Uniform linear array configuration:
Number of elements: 8
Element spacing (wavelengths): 0.25
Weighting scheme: exponential
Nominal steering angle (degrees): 60
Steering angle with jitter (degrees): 61.751
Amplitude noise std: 0.05
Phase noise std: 0.05

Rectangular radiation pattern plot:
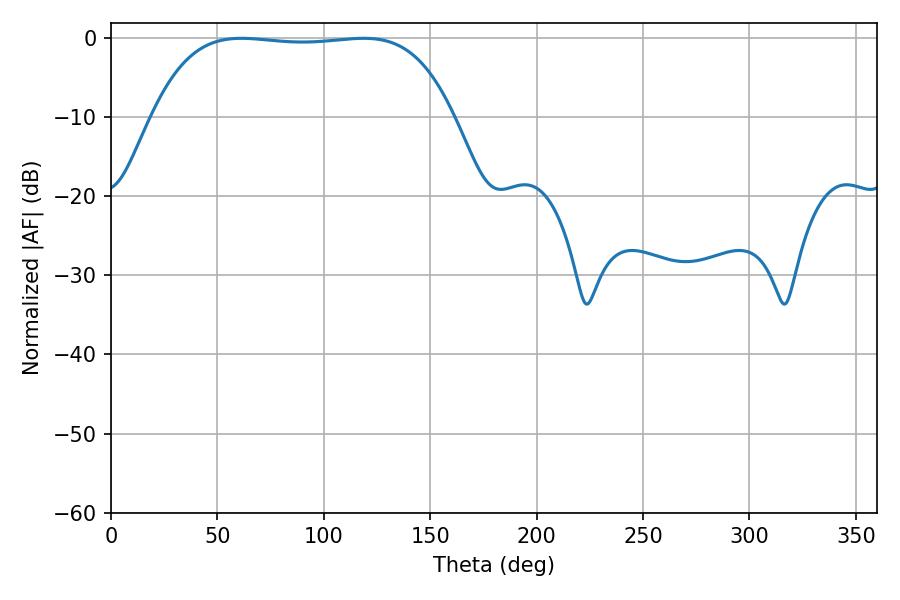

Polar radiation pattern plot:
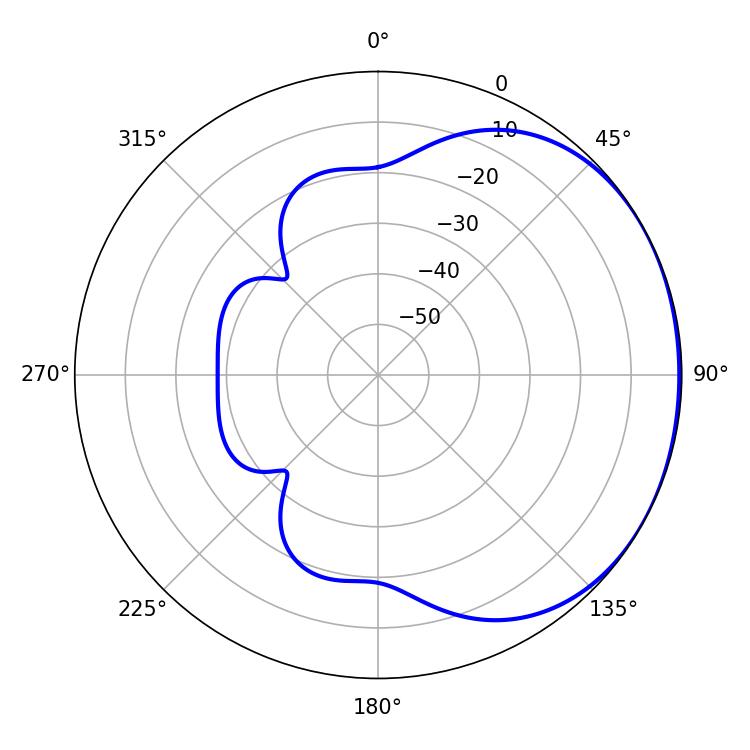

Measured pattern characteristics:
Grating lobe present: FALSE
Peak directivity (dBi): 1.068
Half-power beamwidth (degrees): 110.88
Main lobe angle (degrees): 61.2